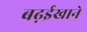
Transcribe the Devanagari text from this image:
बढ़ईखाने